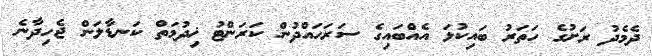
ދެމެދު ރަށުގެ ހަތަރު ބައިކުޅަ އެއްބައިގެ ސަރަހައްދުން ކަރަންޓު ޚިދުމަތް ކަނޑާލަން ޖެހިދާނެ